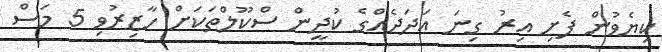
ކިޔެވުން ފެށި އިރު ގިނަ އަދަދެއްގެ ކުދީން ސްކޫލްތަކަށް ހާޒިރުވި 5 މަސް